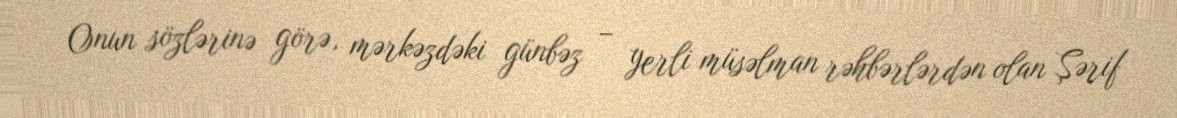
Onun sözlərinə görə, mərkəzdəki günbəz – yerli müsəlman rəhbərlərdən olan Şərif